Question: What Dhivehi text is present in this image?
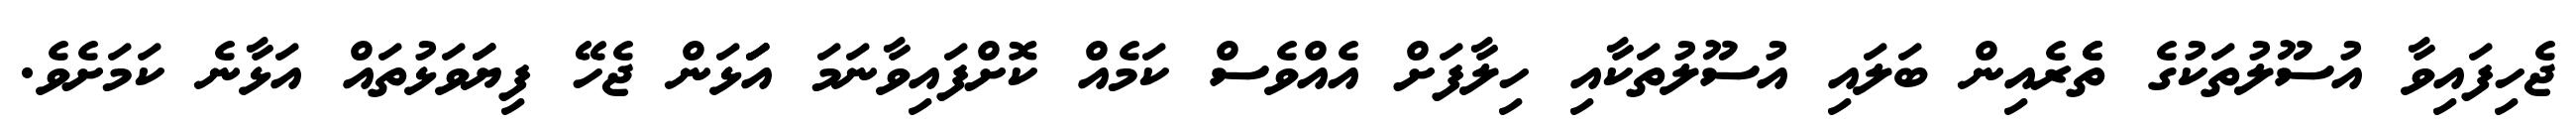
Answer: ޖެހިފައިވާ އުސޫލުތަކުގެ ތެެރެއިން ބަލައި އުސޫލުތަކާއި ހިލާފަށް އެއްވެސް ކަމެއް ކޮށްފައިވާނަމަ އަަަޅަން ޖެހޭ ފިޔަަވަޅުތައް އަޅާނެ ކަމަށެވެ.